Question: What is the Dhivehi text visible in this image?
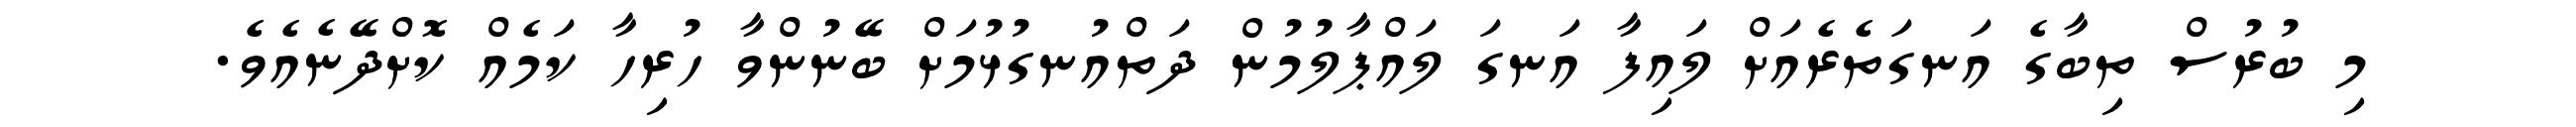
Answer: މި ބުރުސް ތިބާގެ އަނގަތެރެއަށް ލައިފާ އަނގަ ލައްޕާލުމުން ދަތްއުނގުޅުމަށް ބޭނުންވާ ހުރިހާ ކަމެއް ކޮށްދޭނެއެވެ.